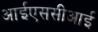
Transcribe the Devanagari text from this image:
आईएससीआई